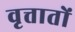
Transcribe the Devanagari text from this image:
वृत्तातों